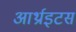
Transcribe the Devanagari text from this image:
आर्थ्राइटस